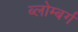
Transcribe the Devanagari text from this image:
ब्लोम्बर्ग